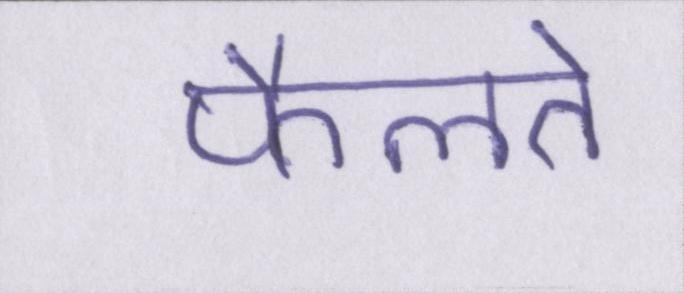
फैलते